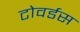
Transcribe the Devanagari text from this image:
टोवर्डस